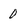
Character: 0